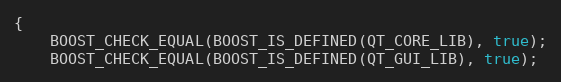
Language: C++
{
    BOOST_CHECK_EQUAL(BOOST_IS_DEFINED(QT_CORE_LIB), true);
    BOOST_CHECK_EQUAL(BOOST_IS_DEFINED(QT_GUI_LIB), true);